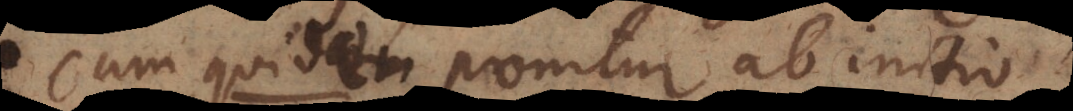
Cum quidem ponitur ab initio